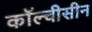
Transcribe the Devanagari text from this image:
कॉल्चीसीन